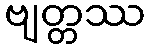
ဗျတ္တဿ